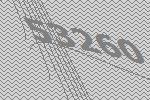
53260